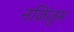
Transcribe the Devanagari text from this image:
नज़िंज़ुस